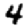
Digit: 4